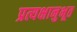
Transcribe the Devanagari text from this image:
प्रत्यक्षानुभूत